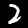
Label: 2